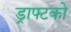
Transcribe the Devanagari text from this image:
ड्राफ्टको